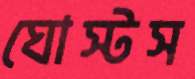
ঘোস্টস